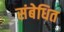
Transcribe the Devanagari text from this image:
संबेधित